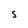
Character: S